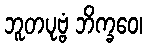
ဘူတပုဗ္ဗံ ဘိက္ခဝေ၊